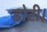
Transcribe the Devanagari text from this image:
डोटी।